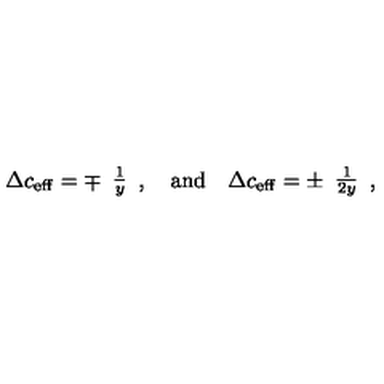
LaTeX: \Delta c _ { \mathrm { { e f f } } } = \mp \begin{array} { c } { \frac { 1 } { y } } \\ \end{array} , \quad \mathrm { a n d } \quad \Delta c _ { \mathrm { { e f f } } } = \pm \begin{array} { c } { \frac { 1 } { 2 y } } \\ \end{array} ,